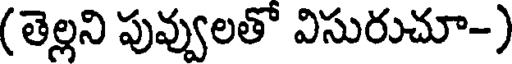
(తెల్లని పువ్వులతో విసురుచూ-)